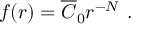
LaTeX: f ( r ) = \overline { { { C } } } _ { 0 } r ^ { - N } \mathrm { ~ . }